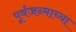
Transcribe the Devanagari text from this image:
पूर्वजन्माच्या